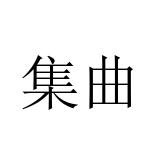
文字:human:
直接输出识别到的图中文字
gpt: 集曲